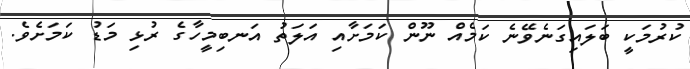
ކުރުމަކީ ބަލައިގަނެވޭނެ ކަމެއް ނޫން ކަމަށާއި އަލަތު އަނބިމީހާގެ ރުޅި މަޑު ކަމަށެވެ.